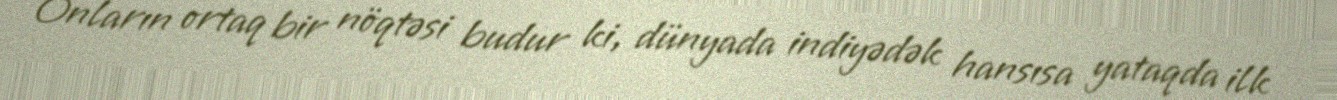
Onların ortaq bir nöqtəsi budur ki, dünyada indiyədək hansısa yataqda ilk